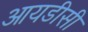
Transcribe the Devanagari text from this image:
आयडीसी